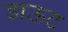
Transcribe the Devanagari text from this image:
डाऊट